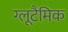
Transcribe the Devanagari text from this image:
ग्लूटैमिक